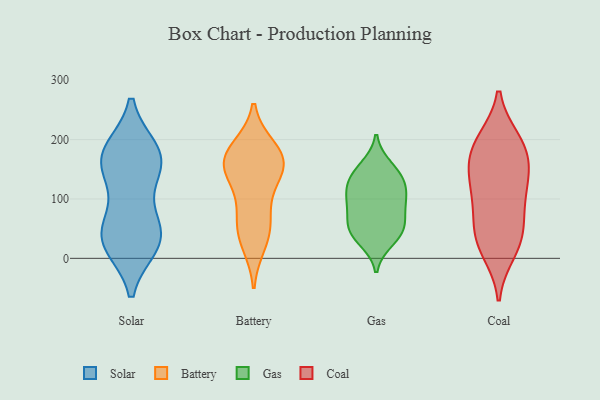
{"axis": {"x": "Conversion Rate (%)", "y": "Value"}, "legend": ["Battery", "Coal", "Gas", "Solar"], "data": [{"x": "", "y": 32, "type": "Solar"}, {"x": "", "y": 167, "type": "Solar"}, {"x": "", "y": 70, "type": "Solar"}, {"x": "", "y": 147, "type": "Solar"}, {"x": "", "y": 176, "type": "Solar"}, {"x": "", "y": 35, "type": "Solar"}, {"x": "", "y": 145, "type": "Solar"}, {"x": "", "y": 23, "type": "Solar"}, {"x": "", "y": 26, "type": "Solar"}, {"x": "", "y": 181, "type": "Solar"}, {"x": "", "y": 46, "type": "Solar"}, {"x": "", "y": 177, "type": "Solar"}, {"x": "", "y": 162, "type": "Battery"}, {"x": "", "y": 27, "type": "Battery"}, {"x": "", "y": 167, "type": "Battery"}, {"x": "", "y": 101, "type": "Battery"}, {"x": "", "y": 158, "type": "Battery"}, {"x": "", "y": 183, "type": "Battery"}, {"x": "", "y": 147, "type": "Battery"}, {"x": "", "y": 55, "type": "Battery"}, {"x": "", "y": 52, "type": "Battery"}, {"x": "", "y": 165, "type": "Battery"}, {"x": "", "y": 31, "type": "Gas"}, {"x": "", "y": 47, "type": "Gas"}, {"x": "", "y": 71, "type": "Gas"}, {"x": "", "y": 94, "type": "Gas"}, {"x": "", "y": 154, "type": "Gas"}, {"x": "", "y": 141, "type": "Gas"}, {"x": "", "y": 48, "type": "Gas"}, {"x": "", "y": 100, "type": "Gas"}, {"x": "", "y": 101, "type": "Gas"}, {"x": "", "y": 126, "type": "Gas"}, {"x": "", "y": 48, "type": "Gas"}, {"x": "", "y": 132, "type": "Gas"}, {"x": "", "y": 150, "type": "Coal"}, {"x": "", "y": 197, "type": "Coal"}, {"x": "", "y": 149, "type": "Coal"}, {"x": "", "y": 36, "type": "Coal"}, {"x": "", "y": 127, "type": "Coal"}, {"x": "", "y": 189, "type": "Coal"}, {"x": "", "y": 24, "type": "Coal"}, {"x": "", "y": 198, "type": "Coal"}, {"x": "", "y": 44, "type": "Coal"}, {"x": "", "y": 69, "type": "Coal"}, {"x": "", "y": 171, "type": "Coal"}, {"x": "", "y": 104, "type": "Coal"}, {"x": "", "y": 103, "type": "Coal"}, {"x": "", "y": 12, "type": "Coal"}]}